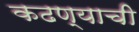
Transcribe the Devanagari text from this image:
कढण्याची